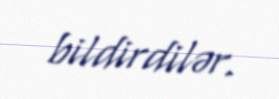
bildirdilər.